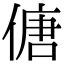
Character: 傏